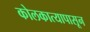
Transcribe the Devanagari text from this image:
कोलकात्यापासून